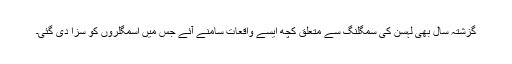
گزشتہ سال بھی لہسن کی سمگلنگ سے متعلق کچھ ایسے واقعات سامنے آئے جس میں اسمگلروں کو سزا دی گئی۔